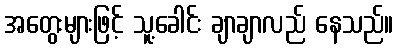
အတွေးများဖြင့် သူ့ခေါင်း ချာချာလည် နေသည်။